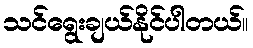
သင်ရွေးချယ်နိုင်ပါတယ်။